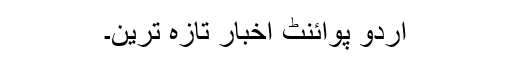
اُردو پوائنٹ اخبار تازہ ترین۔